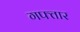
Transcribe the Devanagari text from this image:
गफ्तार